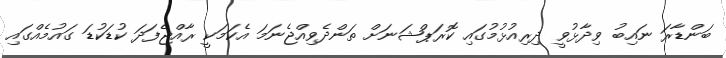
ބަންޑާރަ ނައިބު ވިދާޅުވީ ދިރިއުޅުމުގައި ކޮރަޕްޝަނަށް ތަންދެވިއްޖެނަމަ އެކަމަކީ ރާއްޖެފަދަ ކުޑަކުޑަ ގައުމެއްގައި